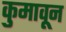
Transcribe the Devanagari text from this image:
कुमावून